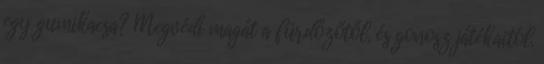
egy gumikacsa? Megvédi magát a fürdőzőtől, és gonosz játékaitól.